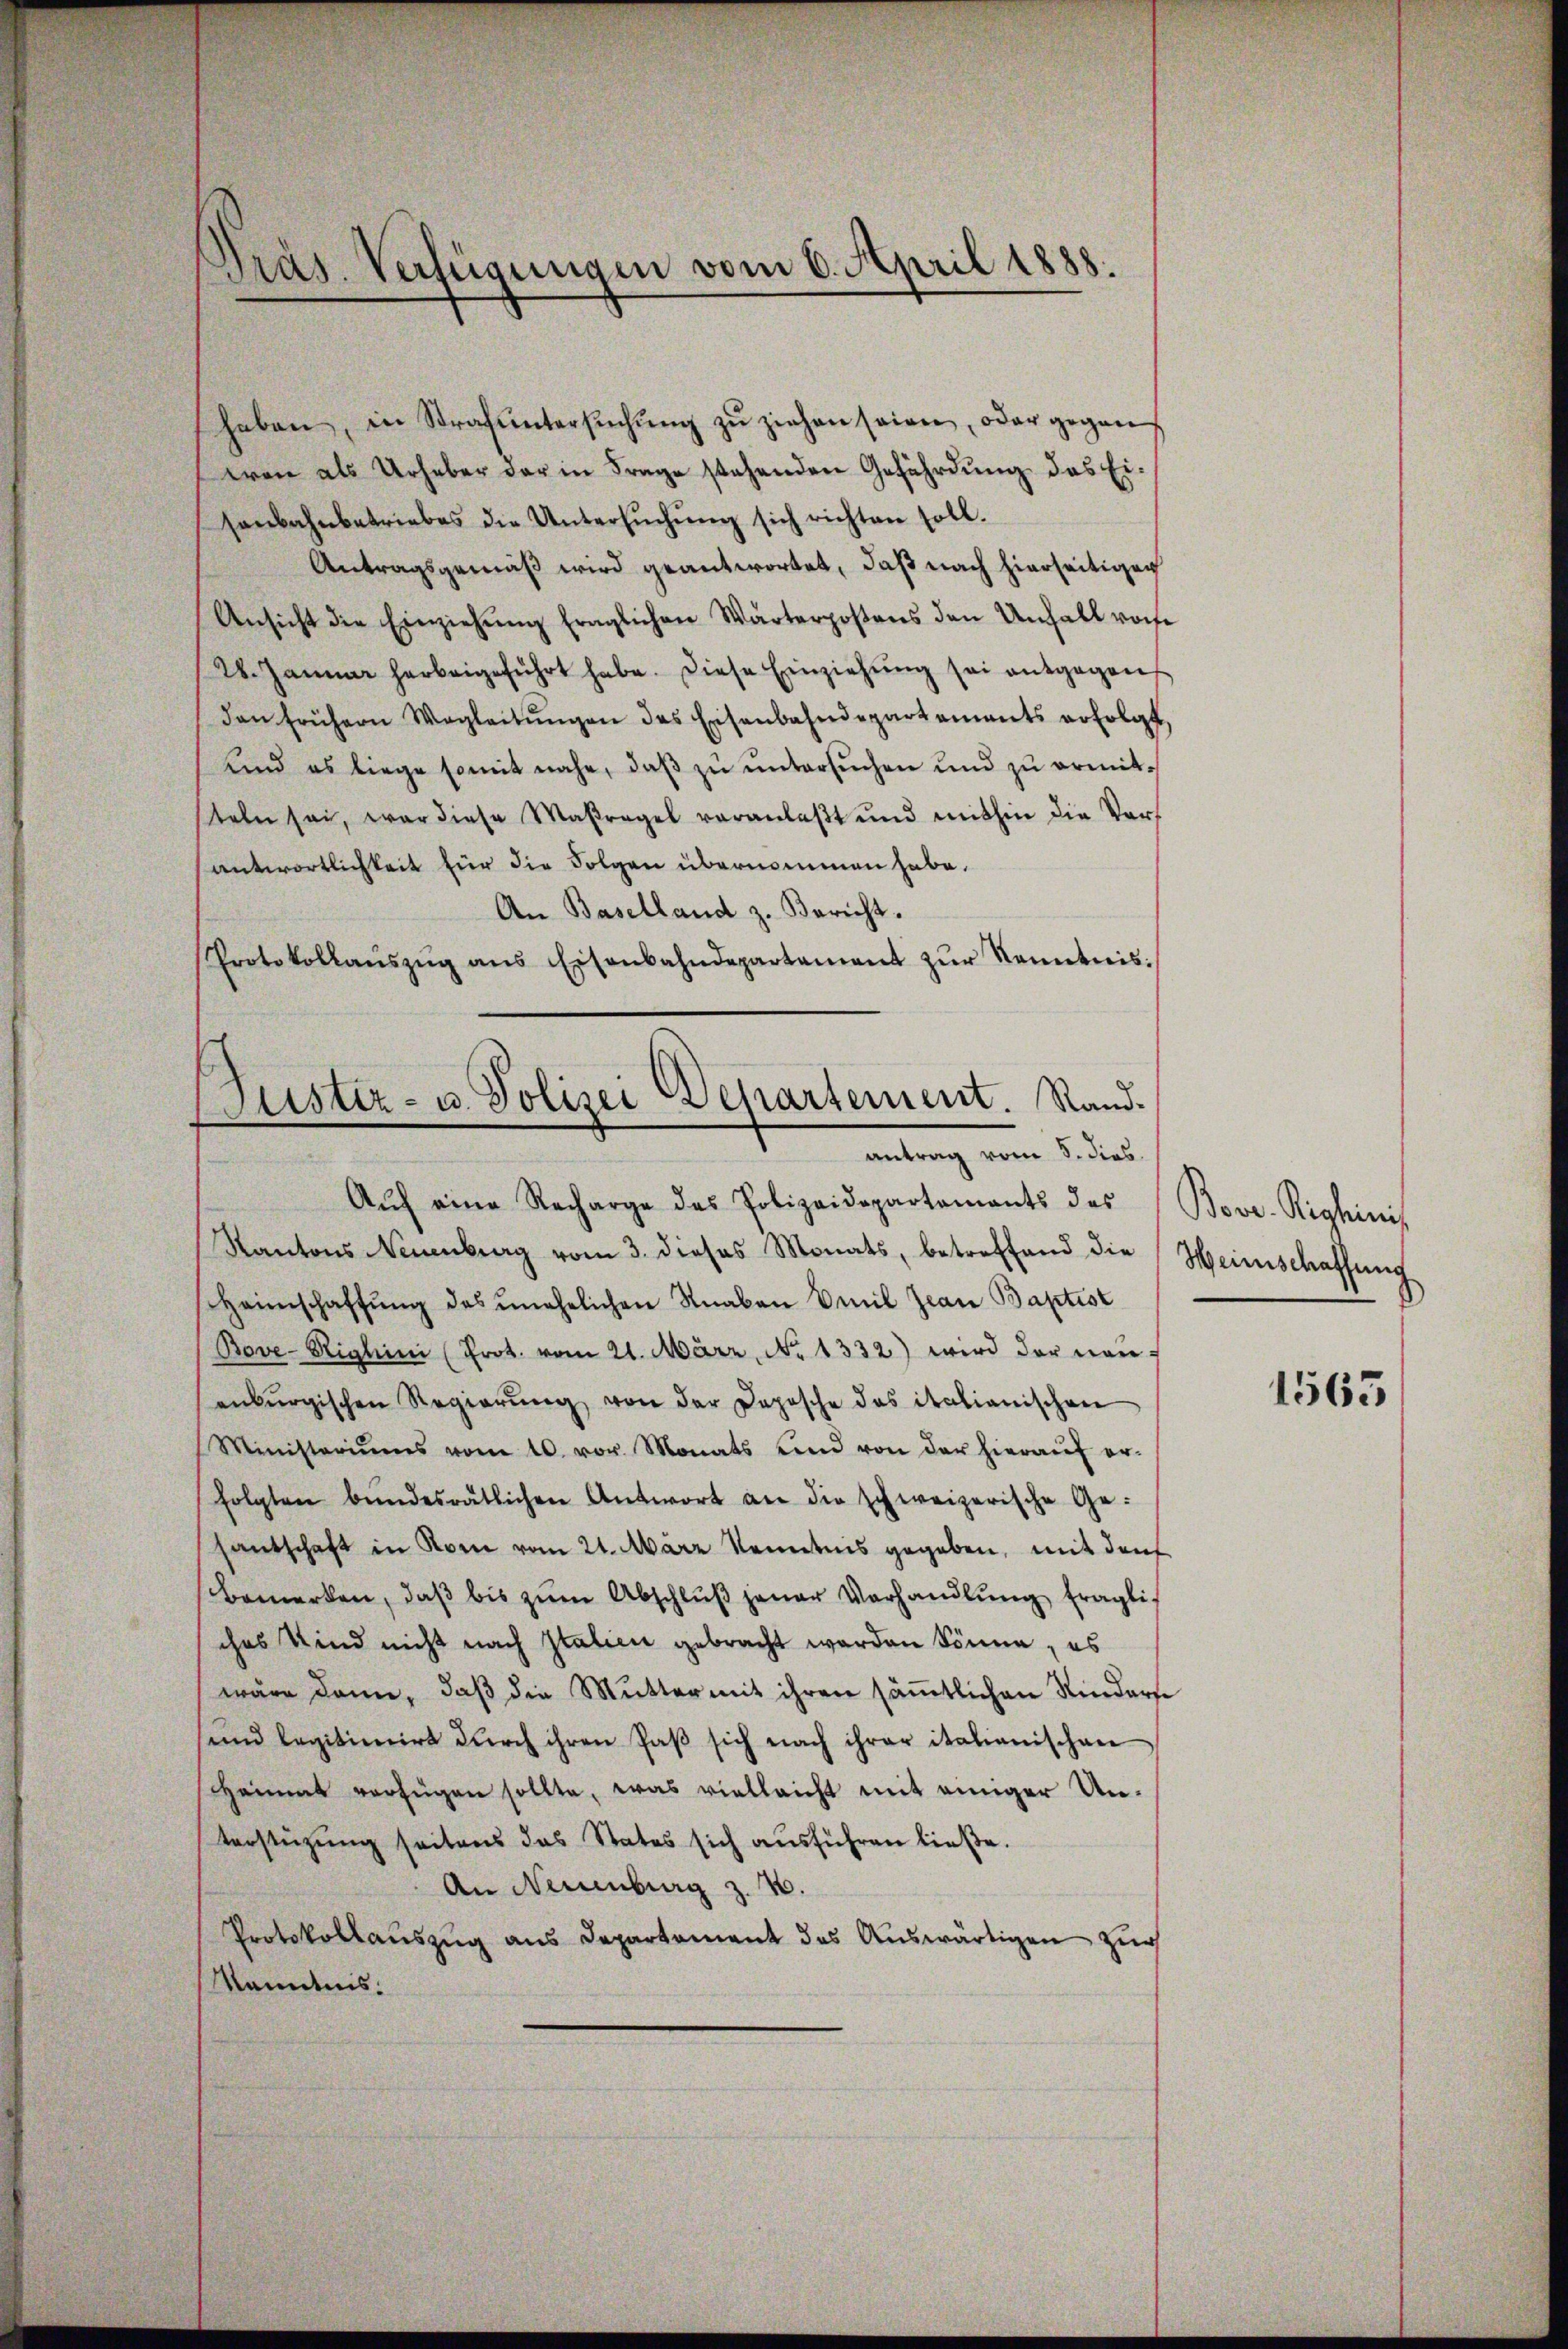
Präs. Verfügungen vom 6. April 1888.

haben, in Strafŭntersŭchŭng zŭ ziehen seien, oder gegen
ton als Urheber der in Frage stehenden Gefährdung das Eisenbahnbetriebes die Untersŭchŭng sich richten soll.
Antragsgemäß wird geantwortet, daß nach hierseitigen
Ansicht die Einziehŭng fraglichen Wärterpostens den Unfall von
28. Januar herbeigeführt habe. Diese Einziehŭng sei entgegen
dan frühern Wegleitŭngen des Eisenbahndepartements erfolgt,
unnd es liege somit nahe, daβ zŭ ŭntersŭchen und zu ermitsteln sei, war diese Maßregel veranlaβt und mithin die Ver-
antwortlichkeit für die Folgen übernommen habe.
An Baselland z. Bericht.
Protokollaŭszŭg ans Eisenbahndepartament zŭr Kenntnis:

(Justiz- u. Polizei Departement. Randantrag vom 5. dies

Aŭf eine Recharge des Polizeidepartements des Bove-Righinis
Kantons Neuenburg vom 3. dieses Monats, betreffend die Heinschaffŭng
Heimschaffŭng des unehelichen Knaben Emil Jean Baptist
Bove-Righini (Prot. vom 21. März, No 1332) wird der neuenburgischen Regierŭng von der Depesche das italianischen
Ministeriums vom 10. vor. Monats und von der hieraŭf er-
folgten bundesrätlichen Antwort an die schweizerische Ge-
santschaft in Rom vom 21. März kenntnis gegeben, mit den
Bemerken, daβ bis zŭm Abschlŭβ jener Vorhandlŭng fraglich
ches Kind nicht nach Italien gebracht werden könne, es
wäre dann, daβ die Mutter mit ihren säṁtlichen Kinderse
sund legitimirt dŭrch ihren Paβ sich nach ihrer italienischen
Heimat verfügen sollte, was vielleicht mit einiger Un¬
Verstützung seitens das States sich ausführen ließe.
An Neuenburg z. B.
Protokollaŭszŭg ans Departement das Auswärtigen zur
Kenntnis.

1565